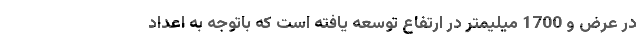
در عرض و 1700 میلیمتر در ارتفاع توسعه یافته است که باتوجه به اعداد